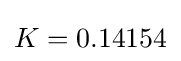
K=0.14154